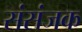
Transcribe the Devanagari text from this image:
संसंजक